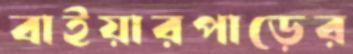
বাইয়ারপাড়ের